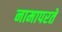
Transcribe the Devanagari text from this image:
नामापरते